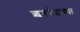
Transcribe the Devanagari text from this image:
ऋगवेदाच्या